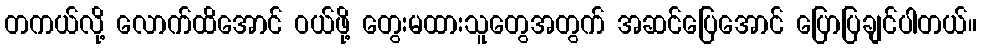
တကယ်လို့ လောက်ထိအောင် ဝယ်ဖို့ တွေးမထားသူတွေအတွက် အဆင်ပြေအောင် ပြောပြချင်ပါတယ်။